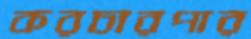
করচারপার